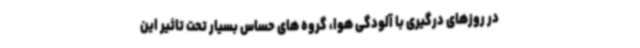
در روزهای درگیری با آلودگی هوا، گروه های حساس بسیار تحت تاثیر این